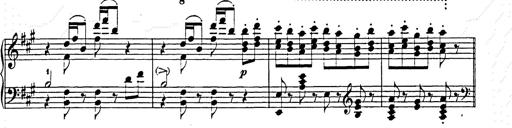
Title: Hungarian Rhapsody No.15
Composer: Franz Liszt
Key: A minor